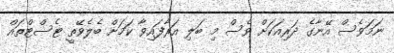
ނަމަވެސް އޭނާގެ ދަރިއަކަށް ވެސް މި ބަލި އަރާފައިވާ ކަމަށް ބެލެވޭތީ ޓެސްޓްތައް